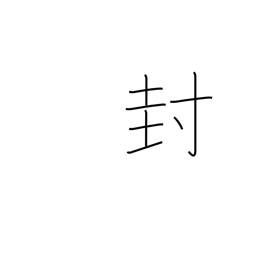
Meaning: closing